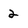
Character: 2